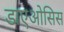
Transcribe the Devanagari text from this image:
डाएओसिस